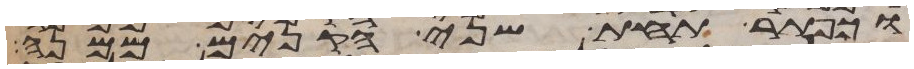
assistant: וכפתר תחת שני הקנים ממנה